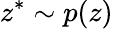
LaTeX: z^{*}\sim p(z)